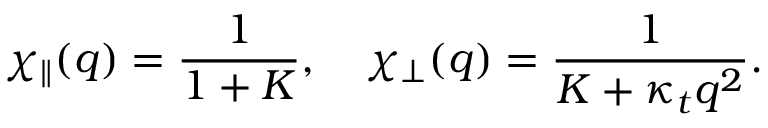
\chi _ { \parallel } ( q ) = \frac { 1 } { 1 + K } , \quad \chi _ { \perp } ( q ) = \frac { 1 } { K + \kappa _ { t } q ^ { 2 } } .